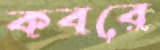
কবরে